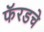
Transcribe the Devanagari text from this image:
फॅरडचे